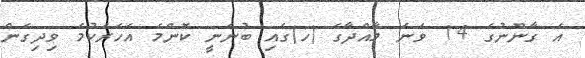
އެ ގާނޫނުގެ 14 ވަނަ މާއްދާގެ (ހ)ގައި ބުނަނީ ކޮންމެ އަހަރަކުމެ ވިދިގެން